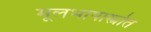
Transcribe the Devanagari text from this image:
मूलभाषास्त्रोत